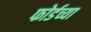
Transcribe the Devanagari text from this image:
फोर्डच्या